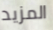
المزيد